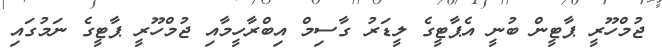
ޖުމްހޫރީ ޕާޓީން ބުނީ އެޕާޓީގެ ލީޑަރު ގާސިމް އިބްރާހީމާއި ޖުމްހޫރީ ޕާޓީގެ ނަމުގައި